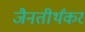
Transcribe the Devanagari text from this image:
जैनतीर्थंकर